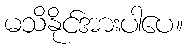
မသိနိုင်အားပါပေ။